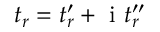
t _ { r } = t _ { r } ^ { \prime } + \mathrm { ~ i ~ } t _ { r } ^ { \prime \prime }